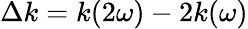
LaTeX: \Delta k=k(2\omega)-2k(\omega)